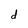
Character: d